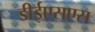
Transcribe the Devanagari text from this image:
डीईएसएस